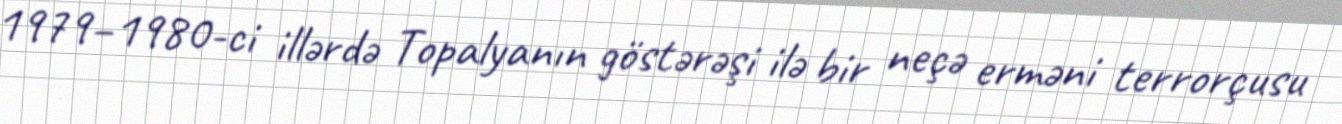
1979–1980-ci illərdə Topalyanın göstərəşi ilə bir neçə erməni terrorçusu